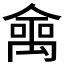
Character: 𠎘